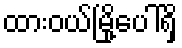
ထားဝယ်မြို့ပေါ်ရှိ